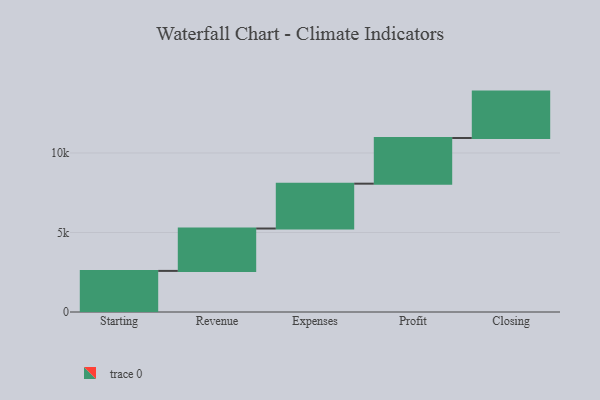
{"axis": {"x": "Step", "y": "Value"}, "legend": [""], "data": [{"x": "Starting", "y": 2584.0, "type": ""}, {"x": "Revenue", "y": 2665.0, "type": ""}, {"x": "Expenses", "y": 2819.0, "type": ""}, {"x": "Profit", "y": 2871.0, "type": ""}, {"x": "Closing", "y": 2917.0, "type": ""}]}